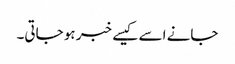
جانے اسے کیسے خبر ہو جاتی۔